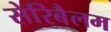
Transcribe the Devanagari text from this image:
सेरिबैलम